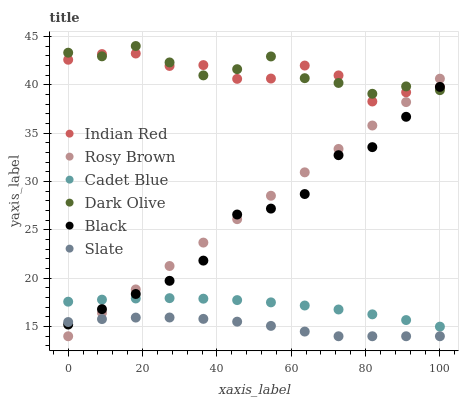
| xaxis_label | Indian Red | Rosy Brown | Cadet Blue | Dark Olive | Black | Slate |
 | --- | --- | --- | --- | --- | --- | --- |
 | 0 | 42.6 | 14 | 17.6 | 43.3 | 15.2 | 15.5 |
 | 9.09 | 43.2 | 16.4 | 17.8 | 42.9 | 16.8 | 15.8 |
 | 18.2 | 43.2 | 18.8 | 17.9 | 44 | 18.4 | 15.9 |
 | 27.3 | 41.9 | 21.3 | 17.9 | 42.3 | 19.7 | 15.9 |
 | 36.4 | 42 | 23.7 | 17.9 | 41 | 21.8 | 15.8 |
 | 45.5 | 40.6 | 26.1 | 17.7 | 41.6 | 26.6 | 15.5 |
 | 54.5 | 40.6 | 28.5 | 17.5 | 42.9 | 27.2 | 15.1 |
 | 63.6 | 42 | 30.9 | 17.2 | 40.7 | 28.7 | 14.5 |
 | 72.7 | 41 | 33.4 | 16.8 | 40.2 | 32.7 | 14 |
 | 81.8 | 38.3 | 35.8 | 16.3 | 39.1 | 33.5 | 14 |
 | 90.9 | 39.2 | 38.2 | 15.7 | 39.8 | 36.7 | 14 |
 | 100 | 39.7 | 40.6 | 15 | 39.4 | 39.8 | 14 |